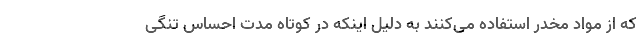
که از مواد مخدر استفاده می‌کنند به دلیل اینکه در کوتاه مدت احساس تنگی